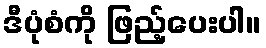
ဒီပုံစံကို ဖြည့်ပေးပါ။